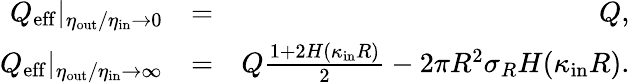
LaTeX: \begin{array}{rlr}{Q_{\mathrm{eff}}|_{\eta_{\mathrm{out}}/\eta_{\mathrm{in}}\to 0}}&{=}&{Q,}\\ {Q_{\mathrm{eff}}|_{\eta_{\mathrm{out}}/\eta_{\mathrm{in}}\to\infty}}&{=}&{Q\frac{1+2H(\kappa_{\mathrm{in}}R)}{2}-2\pi R^{2}\sigma_{R}H(\kappa_{\mathrm{in}}R).}\end{array}